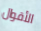
الأقوال